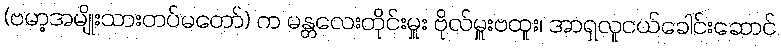
(ဗမာ့အမျိုးသားတပ်မတော်) က မန္တလေးတိုင်းမှူး ဗိုလ်မှူးဗထူး၊ အာရှလူငယ်ခေါင်းဆောင်